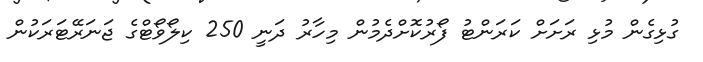
ގުޅިގެން މުޅި ރަށަށް ކަރަންޓު ފޯރުކޮށްދެމުން މިހާރު ދަނީ 250 ކިލޯވޯޓްގެ ޖަނަރޭޓަރަކުން